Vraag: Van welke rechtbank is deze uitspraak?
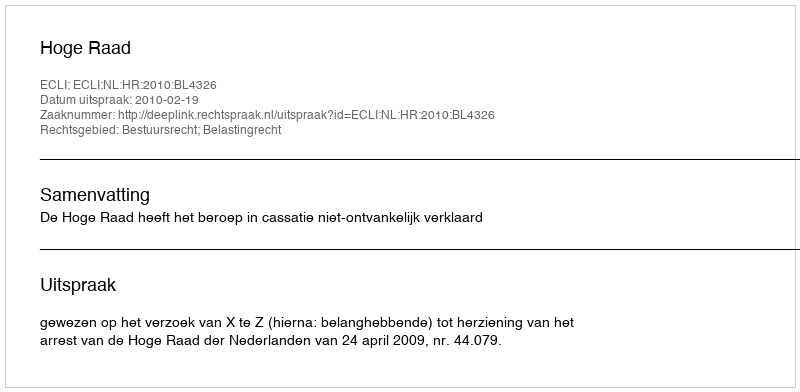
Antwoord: Hoge Raad